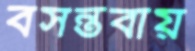
বসন্তবায়